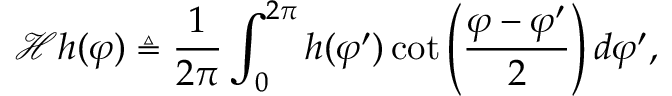
\mathcal { H } h ( \varphi ) \triangleq \frac { 1 } { 2 \pi } \int _ { 0 } ^ { 2 \pi } h ( \varphi ^ { \prime } ) \cot \left( \frac { \varphi - \varphi ^ { \prime } } { 2 } \right) d \varphi ^ { \prime } ,